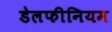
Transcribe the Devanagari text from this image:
डेलफीनियम